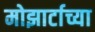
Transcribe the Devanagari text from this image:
मोझार्टाच्या